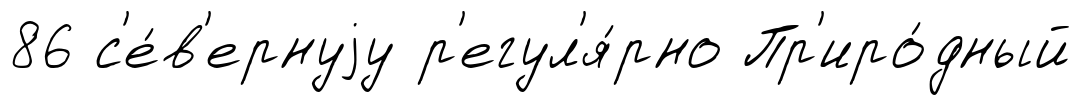
86 с'е́в'ернуjу р'егул'я́рно Пр'иро́дный